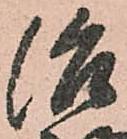
治